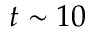
t \sim 1 0